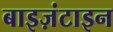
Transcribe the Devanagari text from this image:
बाइज़ंटाइन